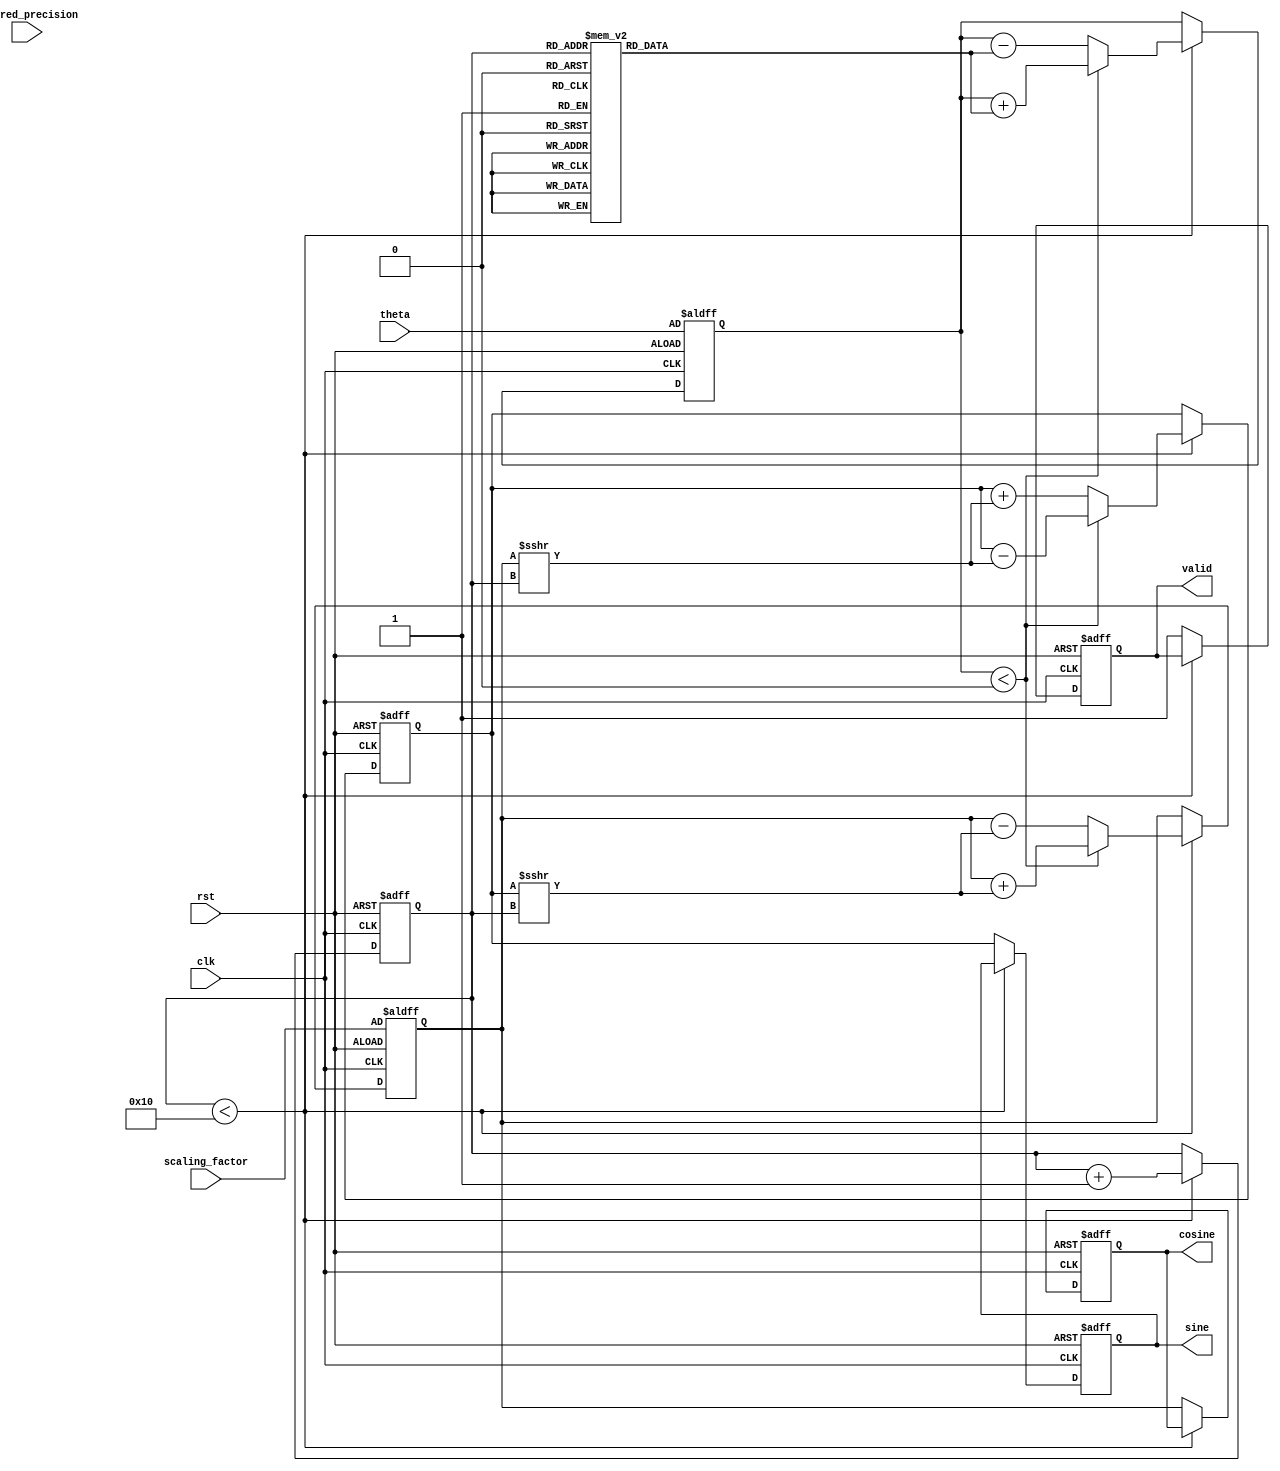
module adaptive_cordic #(
    parameter WIDTH = 32, // Bit width for fixed-point numbers
    parameter ITERATIONS = 16 // Maximum iterations for CORDIC
)(
    input wire clk,                // Clock signal
    input wire rst,                // Reset signal
    input wire [WIDTH-1:0] theta,  // Input angle (radians)
    input wire [WIDTH-1:0] scaling_factor, // Scaling factor
    input wire [3:0] desired_precision, // Desired precision level
    output reg [WIDTH-1:0] sine,   // Computed sine
    output reg [WIDTH-1:0] cosine,  // Computed cosine
    output reg valid                // Output valid signal
);

    // Angle table for CORDIC rotations
    reg [WIDTH-1:0] atan_table [0:ITERATIONS-1];
    
    // Internal registers
    reg [WIDTH-1:0] x, y, z; // x, y coordinates, and angle (z)
    reg [3:0] iter; // Current iteration count

    // Initialize the atan table
    initial begin
        atan_table[0] = 32'h20000000; // atan(2^-0)
        atan_table[1] = 32'h13333333; // atan(2^-1)
        atan_table[2] = 32'h0A3D70A3; // atan(2^-2)
        atan_table[3] = 32'h051EB851; // atan(2^-3)
        atan_table[4] = 32'h028F5C28; // atan(2^-4)
        atan_table[5] = 32'h0143F6A3; // atan(2^-5)
        atan_table[6] = 32'h00A2F983; // atan(2^-6)
        atan_table[7] = 32'h00517D88; // atan(2^-7)
        atan_table[8] = 32'h0028BE04; // atan(2^-8)
        atan_table[9] = 32'h00145E23; // atan(2^-9)
        atan_table[10] = 32'h000A2F98; // atan(2^-10)
        atan_table[11] = 32'h000517D8; // atan(2^-11)
        atan_table[12] = 32'h00028BE0; // atan(2^-12)
        atan_table[13] = 32'h000145E2; // atan(2^-13)
        atan_table[14] = 32'h0000A2F9; // atan(2^-14)
        atan_table[15] = 32'h0000517D; // atan(2^-15)
    end

    // Control Logic
    always @(posedge clk or posedge rst) begin
        if (rst) begin
            x <= scaling_factor; // Initial x = scaling factor
            y <= 0;              // Initial y = 0
            z <= theta;          // Set the angle
            iter <= 0;           // Reset iteration count
            sine <= 0;
            cosine <= 0;
            valid <= 0;
        end
        else if (iter < ITERATIONS) begin
            // CORDIC Rotation Logic
            if (z < 0) begin
                // Rotate counter-clockwise
                x <= x + (y >>> iter);
                y <= y - (x >>> iter);
                z <= z + atan_table[iter];
            end
            else begin
                // Rotate clockwise
                x <= x - (y >>> iter);
                y <= y + (x >>> iter);
                z <= z - atan_table[iter];
            end
            iter <= iter + 1;
        end
        else begin
            // Store final results
            sine <= y;           // Result for sine
            cosine <= x;         // Result for cosine
            valid <= 1;          // Output is valid
        end
    end

endmodule